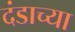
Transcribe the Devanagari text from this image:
दंडाच्या